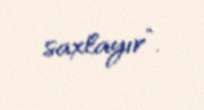
saxlayır”.